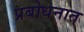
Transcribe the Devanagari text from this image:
प्रबोधनात